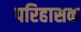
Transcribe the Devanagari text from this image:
परिहासक